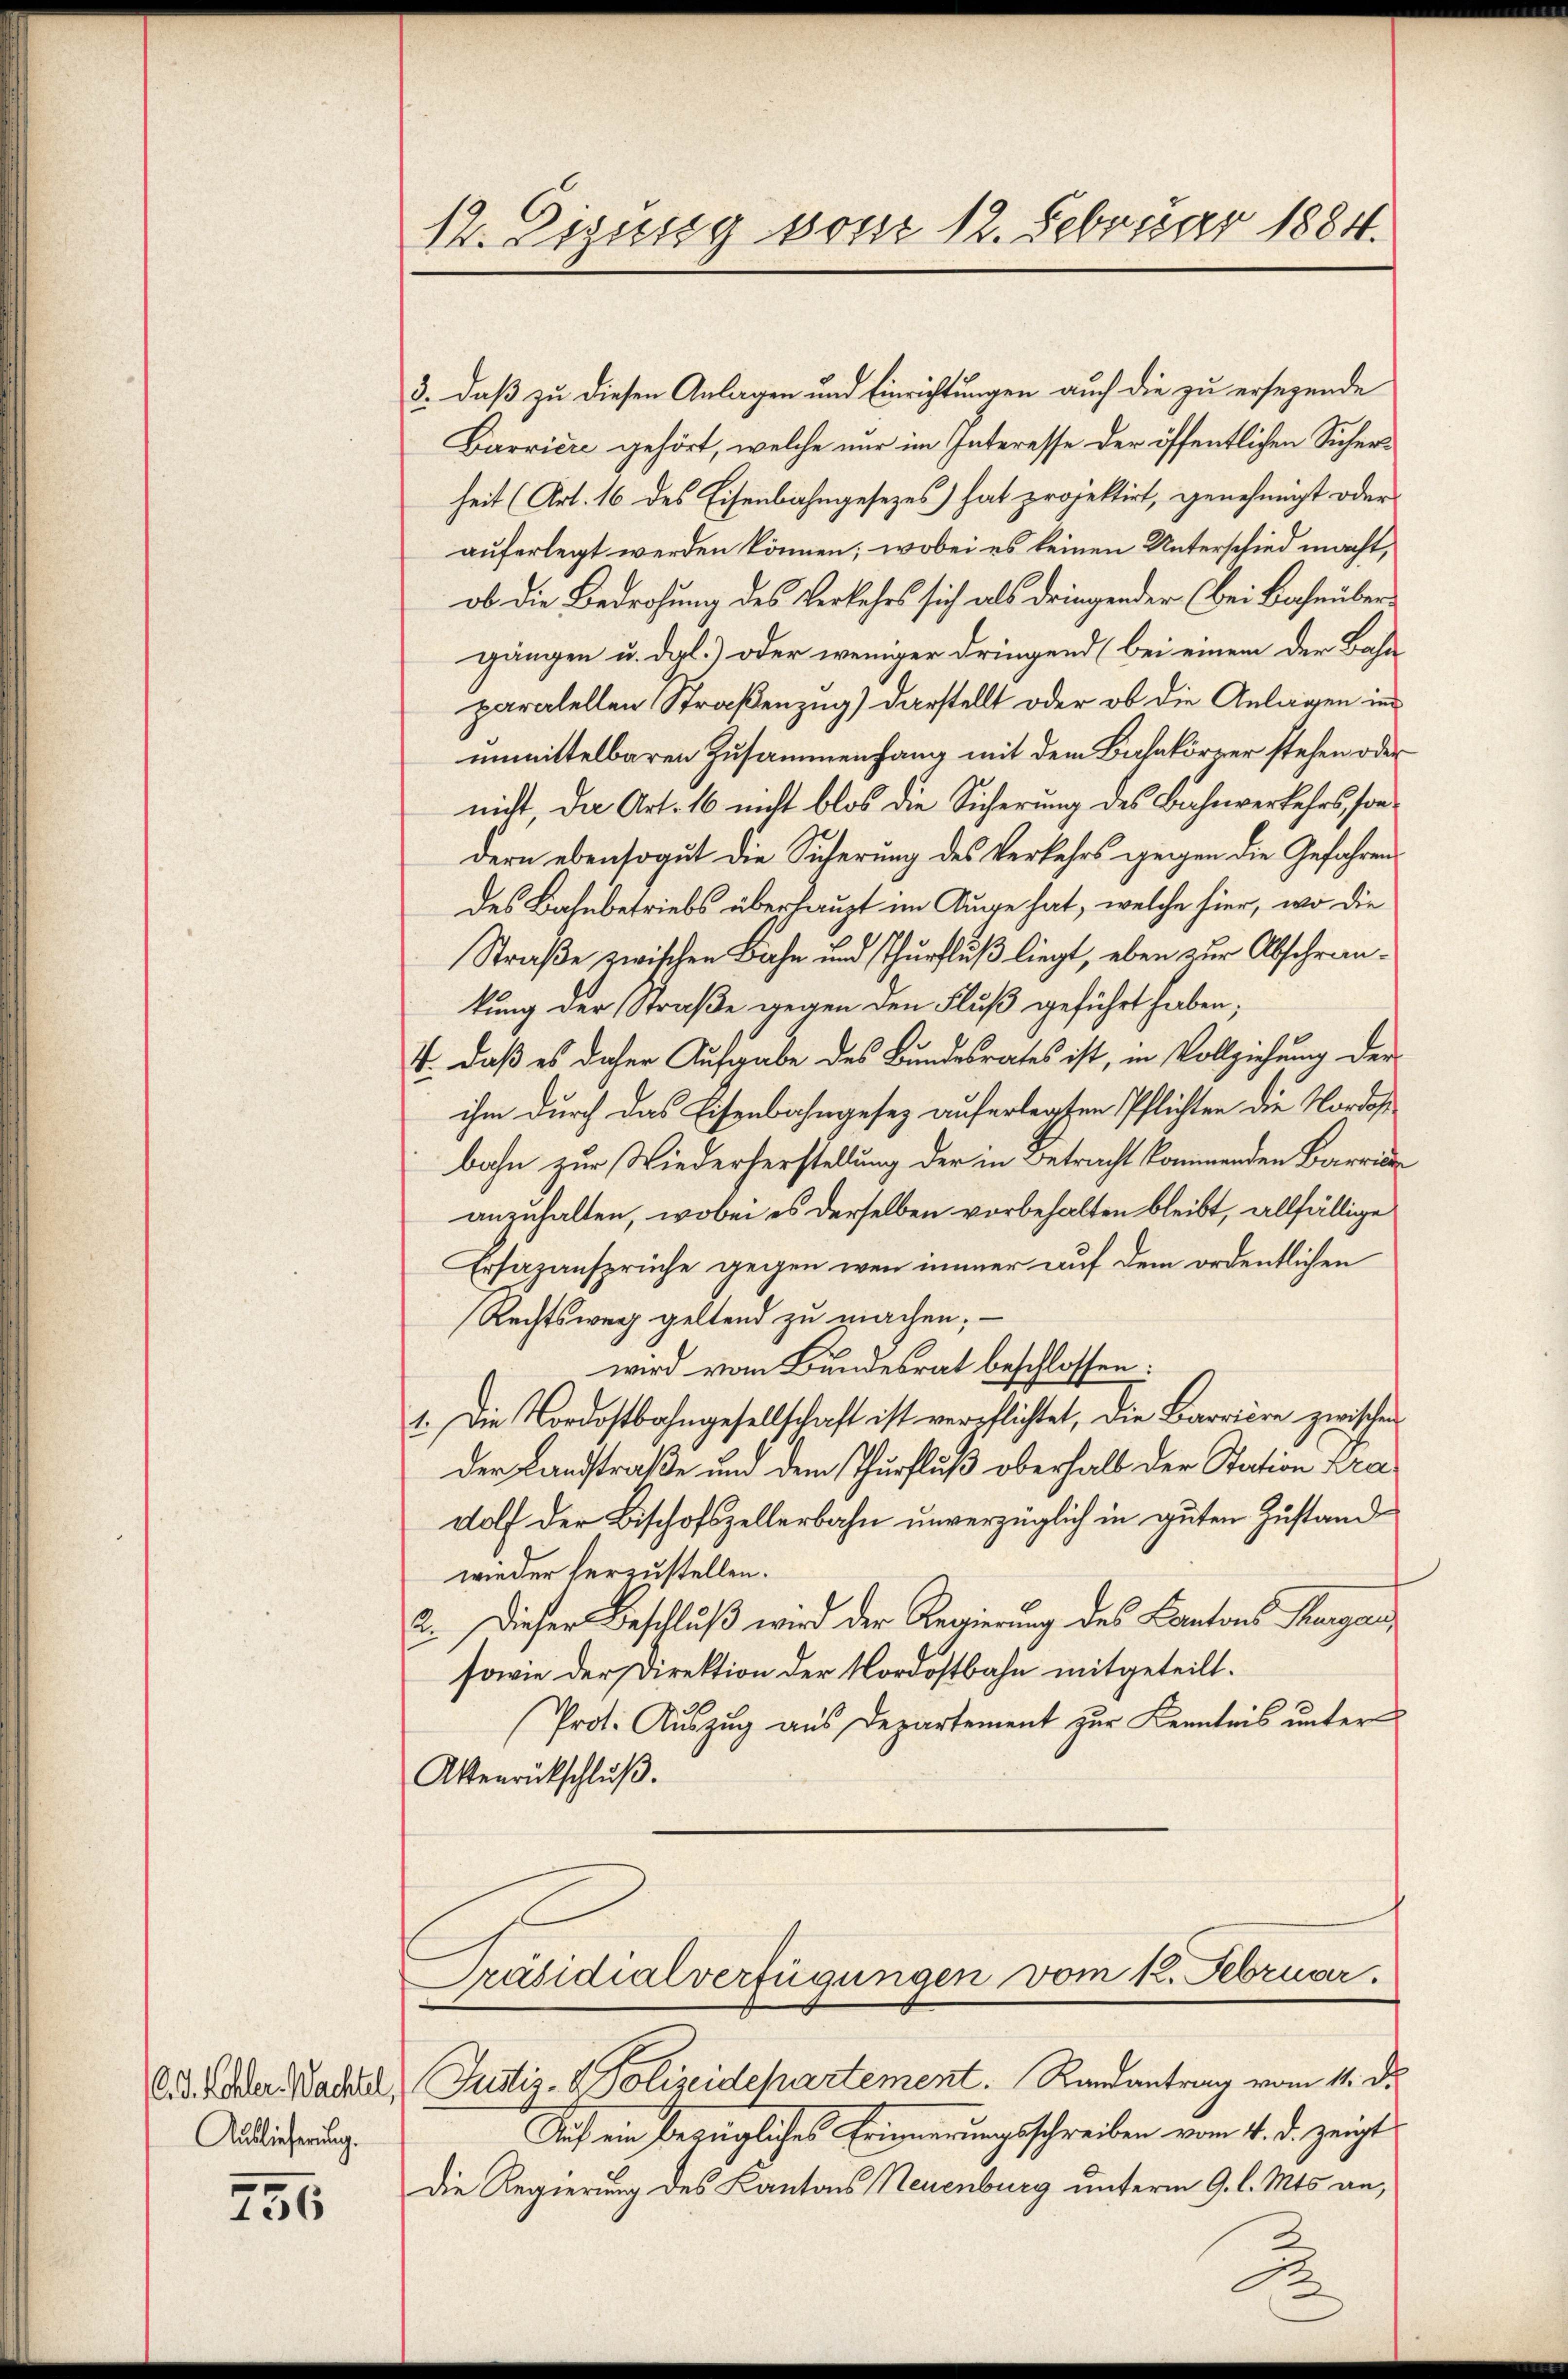
(C. J. Kohler. Wachtel
Auslieferung.

296

14. Eizung vom 12. Februar 1884.

3., daß zu diesen Anlagen und Einrichtungen auch die zu ersezende
Barriere gehört, welche nur im Interesse der öffentlichen Sicherheit (Art. 16 des Eisenbahngesezes) hat projektirt, genehmigt oder
auferlegt werden können; wobei es keinen Unterschied macht,
ob die Bedrohung des Verkehrs sich als dringender (bei Bahnübergängen u. dgl.) oder weniger dringend (bei einem der Bahn
paratellen Straßenzug) darstellt oder ob die Anlagen in
unmittelbaren Zusammenfang mit dem Bahnkörrer stehen oder
nicht, der Art. 16 nicht blos die Sicherung des Bahnverkehrs, sondern ebensogut die Sicherung des Verkehrs gegen die Gefahrens
des Bahnbetriebs überhaupt im Auge hat, welche hier, wo die
Straße zwischen Bahn und Thurfluß liegt, eben zur Abschränkung der Straße wegen den Fluß geführt haben;
V. daß es daher Aufgabe des Bundesrates ist, in Vollziehung der
ihm durch das Eisenbahngesez auferlegten Pflichten die Norda
bahn zur Wiederherstellung der in Betracht kommenden Barrien
anzuhalten, wobei es derselben vorbehalten bleibt, allfällige
Ersazansprüche gegen wen immer auf dem ordentlichen
Rechtsweg geltend zu machen;
wird vom Bundesrat beschlossen:
1. Die Nordostbahngesellschaft ist verpflichtet, die Barriere zwischen
der Landstraße um dem Thurfluß oberhalb der Station pra
dolf der Bischofszellerbahn unverzüglich in guten Zustand
wieder herzustellen.
2. Dieser Beschluß wird der Regierung des Cantons Thurgau,
sowie der Direktion der Nordostbahn mitgeteilt.
Prot. Auszug aus Departement zur Kenntnis unter
Aktenrückschluß.
Präsidialverfügungen vom 12. Februar.

Justiz- & Polizeidehartement. Randantrag vom 11. d.

Dich ein bezügliches Erinnerungsschreiben vom 4. d. zeigt
Die Regierung des Kantons Neuenburg unterm 9. l. Mts. an,